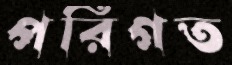
পরিগত